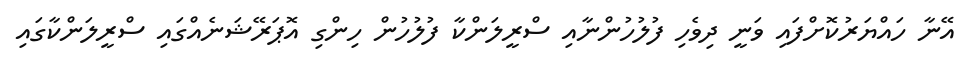
އޭނާ ހައްޔަރުކޮށްފައި ވަނީ ދިވެހި ފުލުހުންނާއި ސްރީލަންކާ ފުލުހުން ހިންގި އޮޕަރޭޝަނެއްގައި ސްރީލަންކާގައި